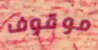
موقوف